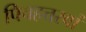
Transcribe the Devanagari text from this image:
पिचहत्तरवां